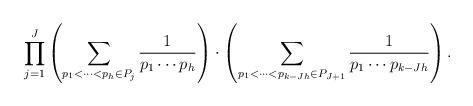
LaTeX: \begin{align*} \prod_{j=1}^J\left(\sum_{p_1 < \cdots < p_h \in P_j}\frac{1}{p_1\cdots p_h}\right)\cdot \left(\sum_{p_1 < \cdots < p_{k-Jh}\in P_{J+1}}\frac{1}{p_1\cdots p_{k-Jh}}\right).\end{align*}